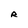
Character: R